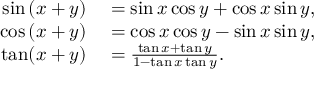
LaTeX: \begin{array} { r l } { \sin \left( x + y \right) } & { { } = \sin x \cos y + \cos x \sin y , } \\ { \cos \left( x + y \right) } & { { } = \cos x \cos y - \sin x \sin y , } \\ { \tan ( x + y ) } & { { } = { \frac { \tan x + \tan y } { 1 - \tan x \tan y } } . } \end{array}